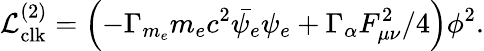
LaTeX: \mathcal{L}_{\mathrm{clk}}^{(2)}={\left(-\Gamma_{m_{e}}m_{e}c^{2}\bar{\psi_{e}}\psi_{e}+\Gamma_{\alpha}F_{\mu\nu}^{2}/4\right)}\phi^{2}.